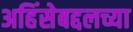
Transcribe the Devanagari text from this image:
अहिंसेबद्दलच्या